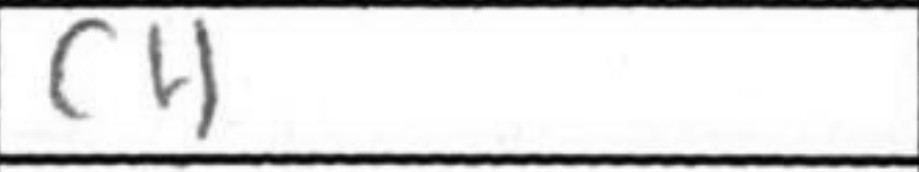
Transcription: c4